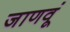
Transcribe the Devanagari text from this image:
जाणवूं